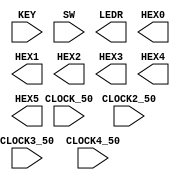

//=======================================================
//  This code is generated by Terasic System Builder
//=======================================================

module DE10_Standard(

    //////////// CLOCK //////////
    input                       CLOCK2_50,
    input                       CLOCK3_50,
    input                       CLOCK4_50,
    input                       CLOCK_50,

    //////////// KEY //////////
    input           [3:0]       KEY,

    //////////// SW //////////
    input           [9:0]       SW,

    //////////// LED //////////
    output          [9:0]       LEDR,

    //////////// Seg7 //////////
    output          [6:0]       HEX0,
    output          [6:0]       HEX1,
    output          [6:0]       HEX2,
    output          [6:0]       HEX3,
    output          [6:0]       HEX4,
    output          [6:0]       HEX5
    
);



//=======================================================
//  REG/WIRE declarations
//=======================================================




//=======================================================
//  Structural coding
//=======================================================



endmodule